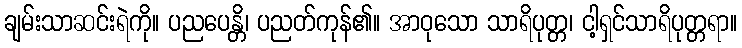
ချမ်းသာဆင်းရဲကို။ ပညပေန္တိ၊ ပညတ်ကုန်၏။ အာဝုသော သာရိပုတ္တ၊ ငါ့ရှင်သာရိပုတ္တရာ။